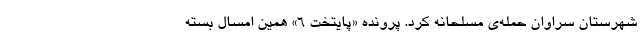
شهرستان سراوان حمله‌ی مسلحانه کرد. پرونده «پایتخت ۶» همین امسال بسته